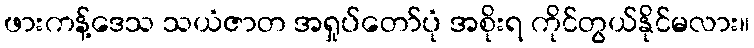
ဖားကန့်ဒေသ သယံဇာတ အရှုပ်တော်ပုံ အစိုးရ ကိုင်တွယ်နိုင်မလား။